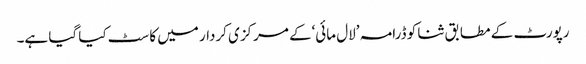
رپورٹ کے مطابق ثنا کو ڈرامہ ’لال مائی‘کے مرکزی کردار میں کاسٹ کیا گیا ہے۔